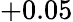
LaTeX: +0.05